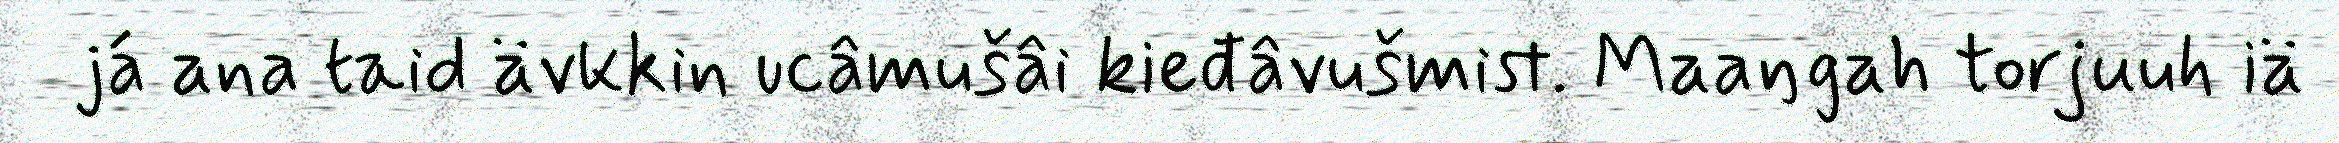
já ana taid ävkkin ucâmušâi kieđâvušmist. Maaŋgah torjuuh iä